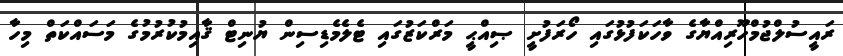
ރައީސުލްޖުމްހޫރިއްޔާގެ ވާހަކަފުޅުގައި ހޯރަފުށީ ޞިއްޙީ މަރްކަޒުގައި ޓެލެމެޑިސިން ޔުނިޓް ޤާއިމުކުރުމުގެ މަސައްކަތް މިހާ